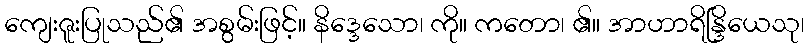
ကျေးဇူးပြုသည်၏ အစွမ်းဖြင့်။ နိဒ္ဒေသော၊ ကို။ ကတော၊ ၏။ အာဟာရိန္ဒြိယေသု၊